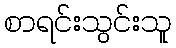
စာရင်းသွင်းသူ